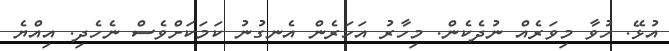
އުޅޭ. ހުވާ މިވަރެއް ނުދެކެން. މިހާރު އަހަރެން އެނގުނު ކަމަކަށްވެސް ނެހެދި. އިއްޔެ